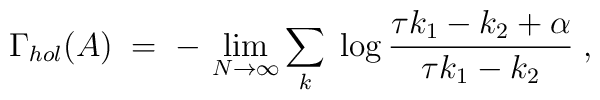
\Gamma_{hol} (A) \;=\; - \, \lim_{N\to \infty} \sum_k\; \log \frac{\tau k_1 - k_2 + \alpha}{\tau k_1 - k_2} \;,